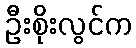
ဦးစိုးလွင်က